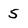
Character: 5